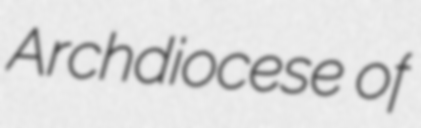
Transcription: Archdiocese of